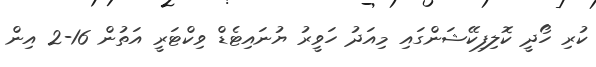
ކުރި ހޯދީ ކޮލިފިކޭޝަންގައި މިއަދު ހަވީރު ޔުނައިޓެޑް ވިކްޓަރީ އަތުން 16-2 އިން